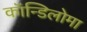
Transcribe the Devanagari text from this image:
कॉन्डिलोमा